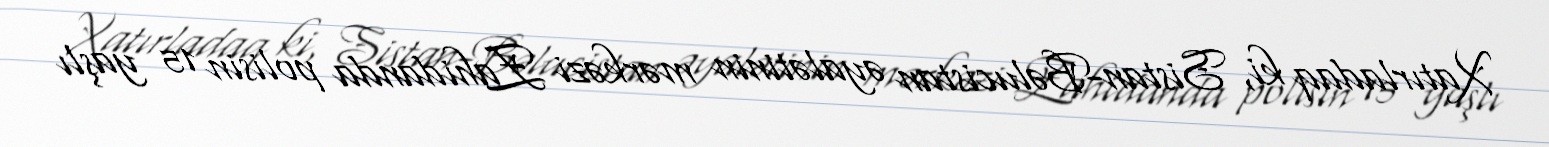
Xatırladaq ki, Sistan-Bəlucistan əyalətinin mərkəzi Zahidanda polisin 15 yaşlı